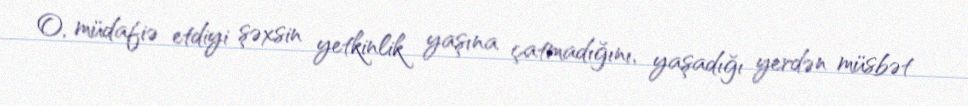
O, müdafiə etdiyi şəxsin yetkinlik yaşına çatmadığını, yaşadığı yerdən müsbət